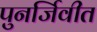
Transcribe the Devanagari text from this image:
पुनर्जिवीत